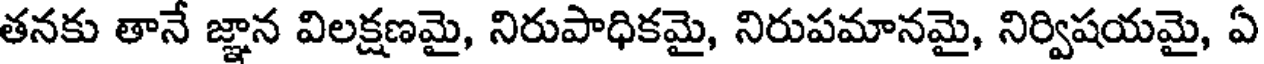
తనకు తానే జ్ఞాన విలక్షణమై, నిరుపాధికమై, నిరుపమానమై, నిర్విషయమై, ఏ